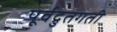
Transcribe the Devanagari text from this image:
पूर्वद्रुतगती